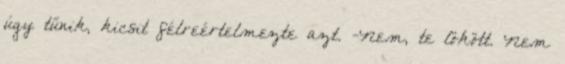
úgy tűnik, kicsit félreértelmezte azt. -Nem, te lökött. Nem